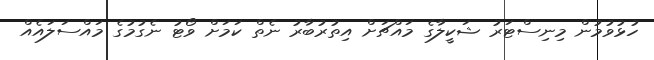
ހުޅުވުމުން މިނިސްޓަރު ޝަކީލާގެ މައްޗަށް އިތުރުބާރު ނެތް ކަމަށް ވޯޓު ނެގުމުގެ މައްސަލައެއް